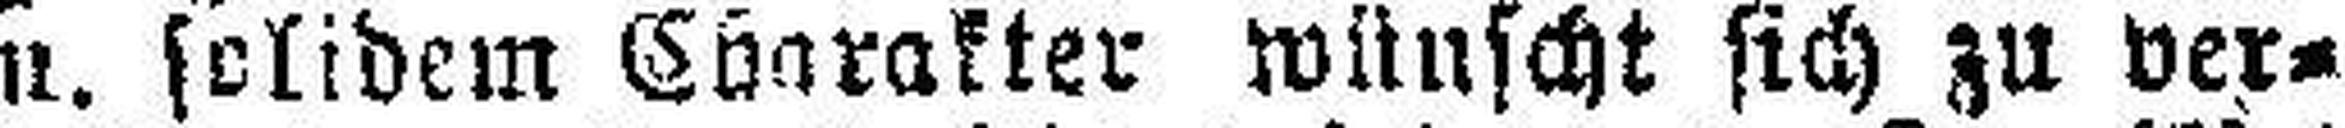
u. solidem Charakter wünscht sich zu ver¬